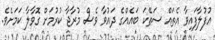
އުފުލާފައިވާ އެތައް ސަތޭކަ ބައެއްގެ ދައުވާ ވެސް މުރާޖާ ކުރުމަށް ގޮވާލާ ކަމަށެވެ.